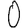
Digit: 0